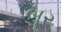
બૂર